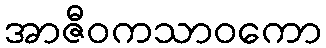
အာဇီဝကသာဝကော